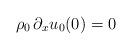
LaTeX: \begin{align*}\rho_0 \, \partial_x u_{0}(0) = 0\end{align*}